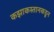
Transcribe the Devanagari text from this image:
कझाकस्तानकडून